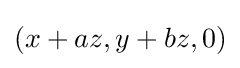
(x+az,y+bz,0)